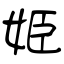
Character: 姫